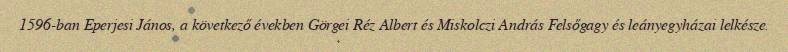
1596-ban Eperjesi János, a következő években Görgei Réz Albert és Miskolczi András Felsőgagy és leányegyházai lelkésze.